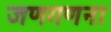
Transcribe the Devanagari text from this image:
जणगणना